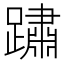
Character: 𨅋